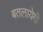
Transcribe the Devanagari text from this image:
बतलायेगी